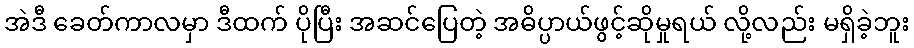
အဲဒီ ခေတ်ကာလမှာ ဒီထက် ပိုပြီး အဆင်ပြေတဲ့ အဓိပ္ပာယ်ဖွင့်ဆိုမှုရယ် လို့လည်း မရှိခဲ့ဘူး